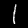
Label: 1